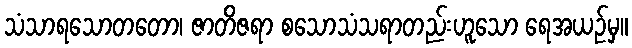
သံသာရသောတတော၊ ဇာတိဇရာ စသောသံသရာတည်းဟူသော ရေအယဉ်မှ။